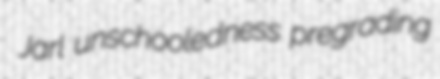
Jarl unschooledness pregrading